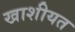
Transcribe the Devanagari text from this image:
खाशीयत